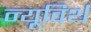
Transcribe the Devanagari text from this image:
न्यूविर्थ